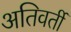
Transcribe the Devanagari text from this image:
अतिवर्ती